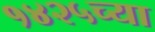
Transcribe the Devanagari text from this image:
१४२५च्या